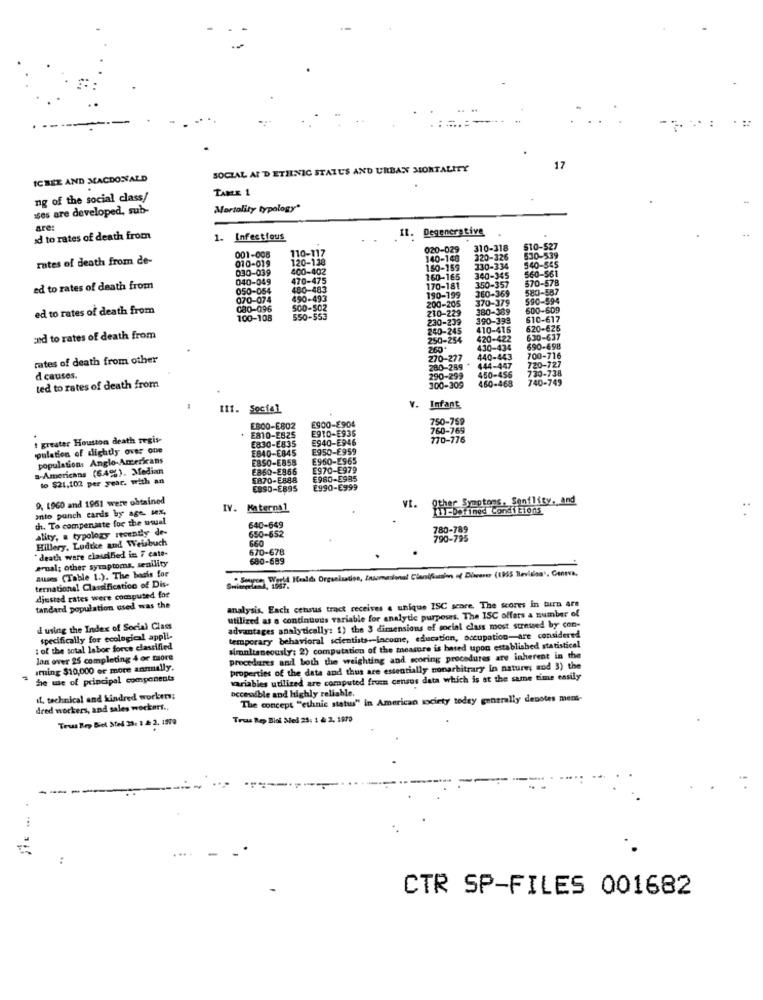
:
SOCIAL AI'D ETHNIC STATUS AND URBAN MORTALITY
17
ICBEZ AND MACDONALD
TANLE 1
ng of the social class/
ses are developed, sub-
Mortality typology*
are:
IL. Degenerative
id to rates of death from
1. Infectious
110-117
020-029
310-318
510-527
rates of death from de-
001-008
010-019
120-138
140-148
320-326
540-545
530-539
030-039
400-402
150-159
330-334
560-561
040-049
470-475
160-165
340-345
670-578
ed to rates of death from
050-054
480-483
170-181
350-357
360-369
580-587
070-074
490-493
190-199
200-205
370-379
590-594
ed to rates of death from
080-096
500-502
210-229
380-389
600-609
100-108
550-553
230-239
390-398
610-617
240-245
410-416
620-625
sed to rates of death from
250-254
420-422
630-637
430-434
590-698
rates of death from other
270-277
440-443
700-716
720-727
280-289
444-447
730-738
d causes.
290-299
100-309
450-456
460-468
740-749
ted to rates of death from
III. Social
v.
Infant
E900-£904
750-759
E800-E802
E910-E935
760-769
1 greater Houston death regis-
. E810-2825
E830-E835
E940-E946
770-776
pulation of dighdly over one
E840-E845
E950-E959
population: Anglo-Americans
EBSO-E858
E960-2965
a-Americans (649). Median
E860-2966
E970-E979
to $21,102 per year. with an
5870-E888
E980-5985
ESSO-EB95
E990-E999
9, 1960 and 1961 were obtained
vt.
Other Symptons, Senility, and
into punch cards by age. sex
IV. Maternal
ITI-Defined Conditions
th. To compensate for the usual
640-649
ality, a typology recently de-
650-652
780-789
Hillery, Ludtke and Weisbuch
660
790-795
670-678
"death were clauified in 7 cate-
680-689
arual; other symptoms, senility
Buses (Table 1.). The basis for
ternational Classification of Dis-
Ajusted rates were computed for
analysis, Each cetsus tract receives a unique ISC score The scores in turn are
tandard population used was the
utilized as a continuous variable for analytic purposes. The ISC offers a number of
d using the Index of Social Class
advantages analytically: 1) the 3 dimensions of social class most stressed by con-
specifically for ecological appli-
temporary behavioral scientists -- income, education, occupation-are considered
: of the total labor force classified
simultaneously: 2) computation of the measure is based upon established statistical
lon over 25 completing 4 or more
procedures and both the weighting and scoring procedures are inherent in the
aring $10,000 or more anmally.
properties of the data and thus are essentially nonarbitrary in nature; and 3) the
he me of principal components
Variables utilized are computed fruen census data which is at the same time easily
accessible and highly reliable.
if. technical and kindred workmm;
The concept "ethnic status" in American society today generally denotes mens-
dred workers, and sales wockert ..
Trus Rep Biel Med 33: 1 2. 1979
Tros Rep Bio Med 23: 1 à 2, 1970
...
....
CTR SP-FILES 001682